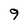
Character: 9